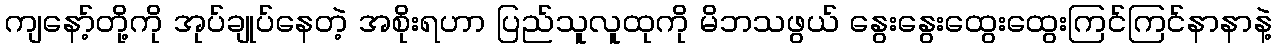
ကျနော့်တို့ကို အုပ်ချုပ်နေတဲ့ အစိုးရဟာ ပြည်သူလူထုကို မိဘသဖွယ် နွေးနွေးထွေးထွေးကြင်ကြင်နာနာနဲ့